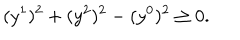
LaTeX: ( y ^ { 1 } ) ^ { 2 } + ( y ^ { 2 } ) ^ { 2 } - ( y ^ { 0 } ) ^ { 2 } \geq 0 .